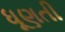
ધૂણતી